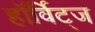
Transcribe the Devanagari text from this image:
हॉर्विट्ज